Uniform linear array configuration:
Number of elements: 64
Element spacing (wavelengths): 1
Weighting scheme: hann
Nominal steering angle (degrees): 0
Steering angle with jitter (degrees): -0.1327
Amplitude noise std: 0.05
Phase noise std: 0.05

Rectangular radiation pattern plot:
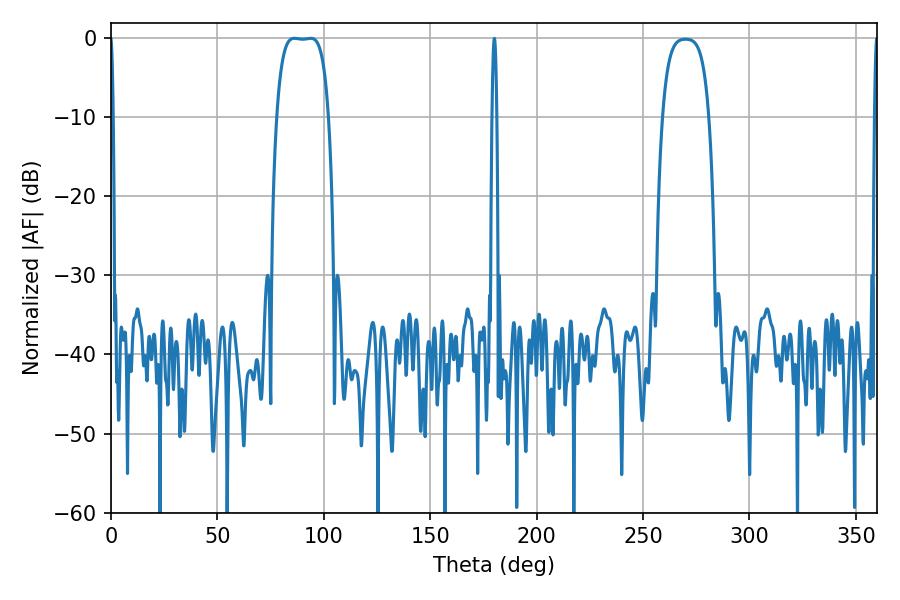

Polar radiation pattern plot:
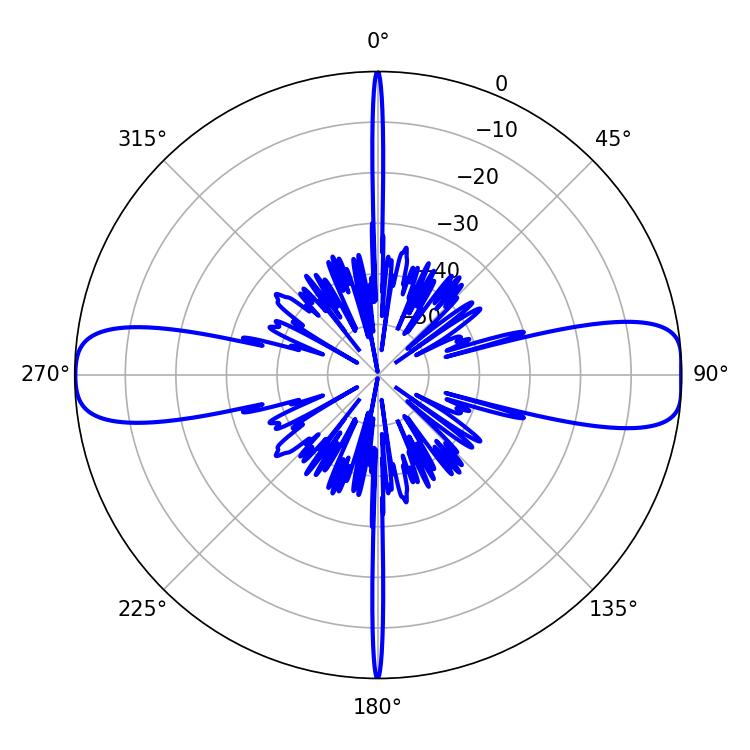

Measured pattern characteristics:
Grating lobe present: TRUE
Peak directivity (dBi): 14.878
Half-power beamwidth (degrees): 18.72
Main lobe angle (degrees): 86.22